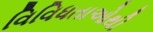
વિવિધતાઓથી